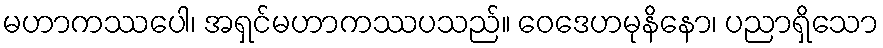
မဟာကဿပေါ၊ အရှင်မဟာကဿပသည်။ ဝေဒေဟမုနိနော၊ ပညာရှိသော